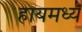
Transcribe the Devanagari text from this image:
हायमध्ये